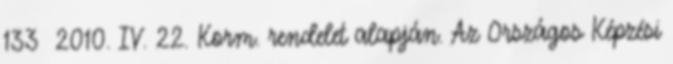
133 2010. IV. 22. Korm. rendelet alapján. Az Országos Képzési